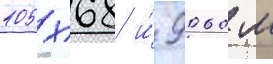
105х68 и́ 9060 м